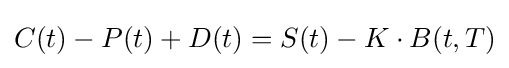
C(t)-P(t)+D(t)=S(t)-K\cdot B(t,T)